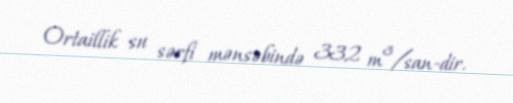
Ortaillik su sərfi mənsəbində 332 m³/san-dir.